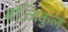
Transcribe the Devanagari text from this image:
बज्जिकुल